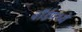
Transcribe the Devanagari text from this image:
वॉर्डमध्ये